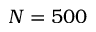
N = 5 0 0